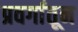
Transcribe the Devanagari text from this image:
प्रवर्गातून